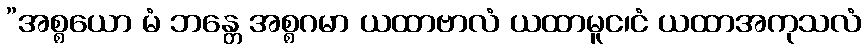
”အစ္စယော မံ ဘန္တေ အစ္စဂမာ ယထာဗာလံ ယထာမူင၊ငံ ယထာအကုသလံ